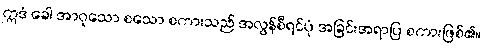
ဣဒံ ခေါ အာဝုသော စသော စကားသည် အလွန်စီရင်ပုံ အခြင်းအရာပြ စကားဖြစ်၏။